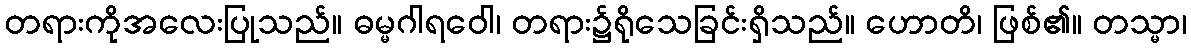
တရားကိုအလေးပြုသည်။ ဓမ္မဂါရဝေါ၊ တရား၌ရိုသေခြင်းရှိသည်။ ဟောတိ၊ ဖြစ်၏။ တသ္မာ၊